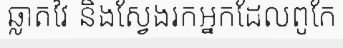
ឆ្លាតវៃ និងស្វែងរកអ្នកដែលពូកែ